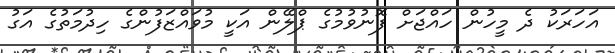
އަހަރަކު ދެ މީހުން ހައްޖަށް ފޮނުވުމުގެ ޕްލޭން އަކީ މުވައްޒަފުންގެ ހިދުމަތުގެ އަގު